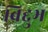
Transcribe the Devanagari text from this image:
विद्दुभ